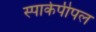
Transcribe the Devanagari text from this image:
स्पार्कपीपल